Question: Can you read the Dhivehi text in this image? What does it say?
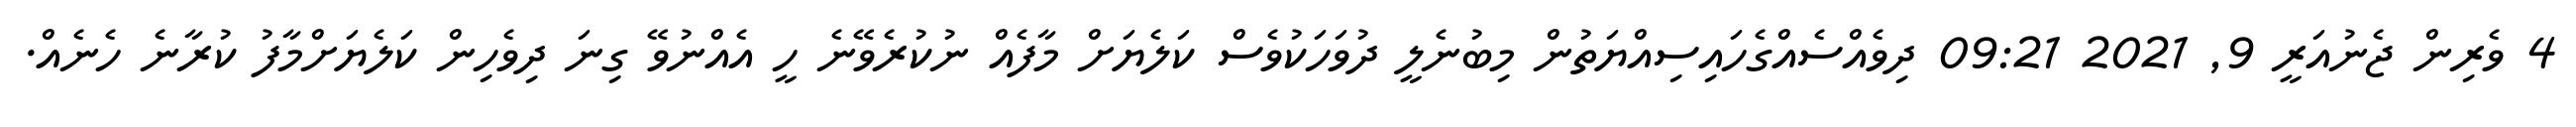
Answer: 4 ވެރިން ޖެނުއަރީ 9, 2021 09:21 ދިވެއްސެއްގެހައިސިއްޔަތުން މިބުނެލީ ދުވަހަކުވެސް ކަލެޔަށް މާފެއް ނުކުރެވޭނެ ހީ އެއްނުވޭ ގިނަ ދިވެހިން ކަލެޔަށްމާފު ކުރާނެ ހެނެއް.